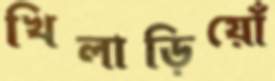
খিলাড়িয়োঁ